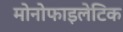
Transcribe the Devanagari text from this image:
मोनोफाइलेटिक